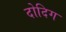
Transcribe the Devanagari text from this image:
दोदिग